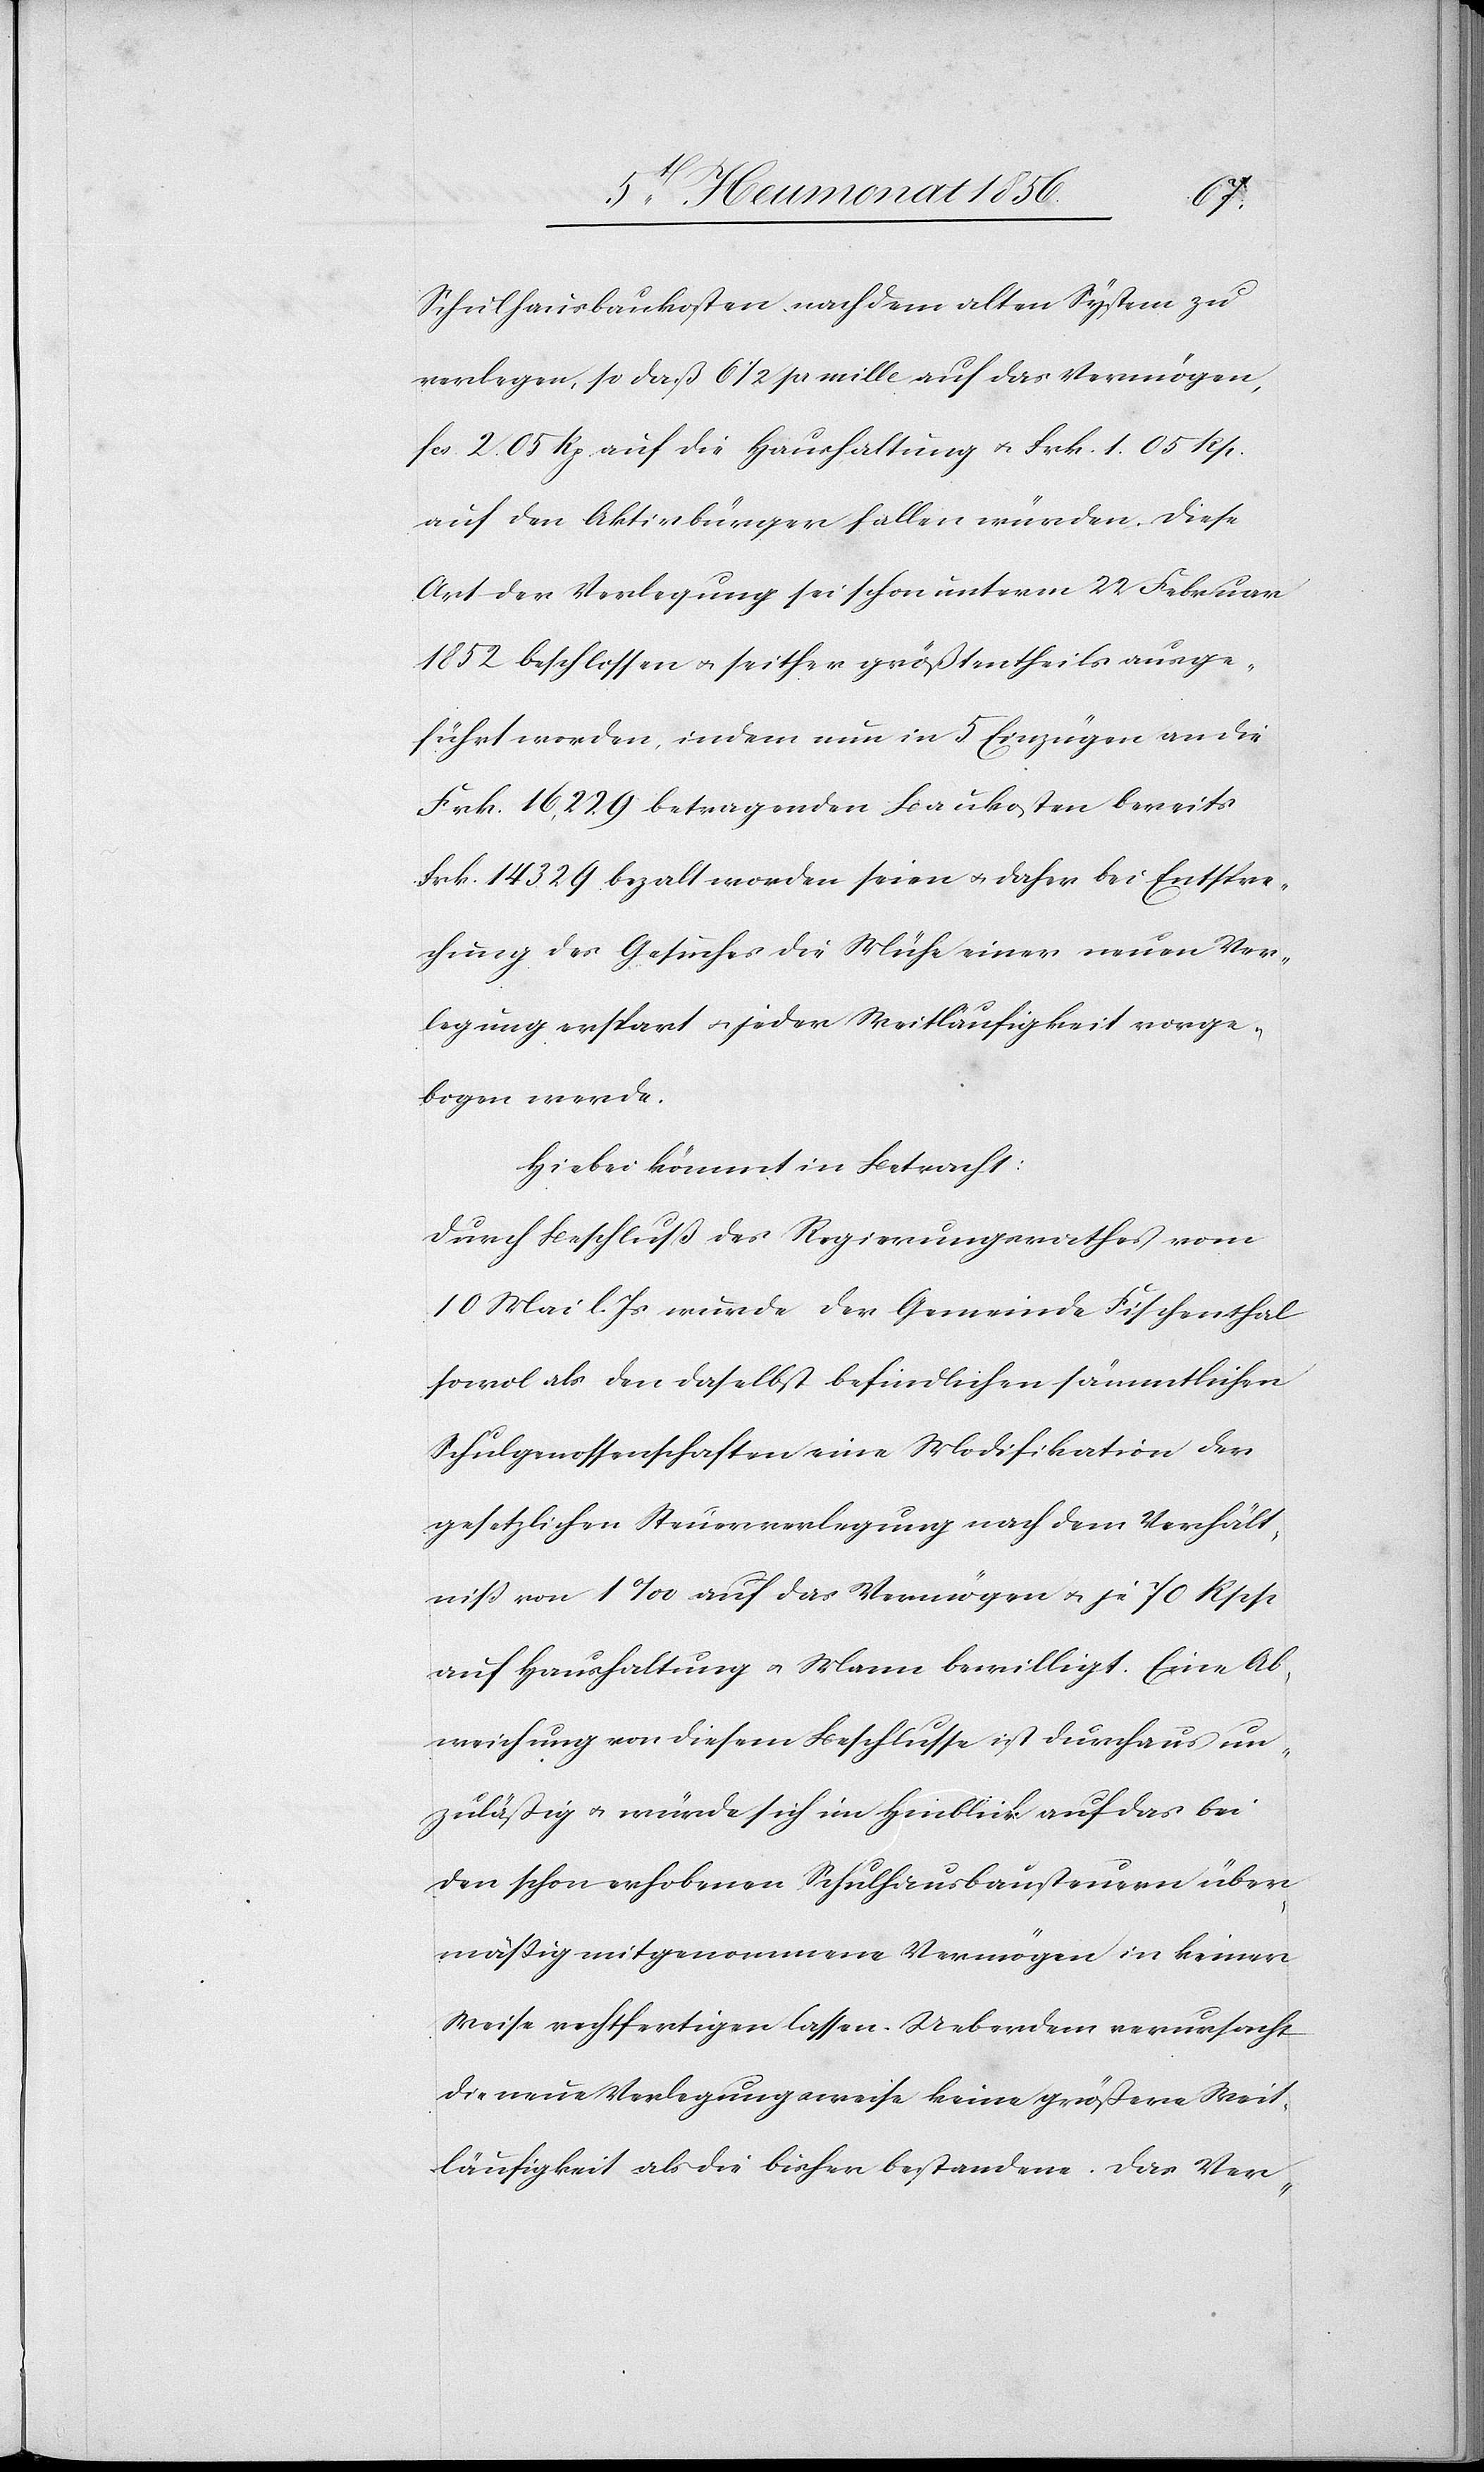
Schulhausbaukosten nach dem alten System zu
verlegen, so daß 61/2 pr mille auf das Vermögen,
fcs. 2. 05 Rp. auf die Haushaltung u. Frk. 1. 05 Rp.
auf den Aktivbürger fallen würden. Diese
Art der Verlegung sei schon unterm 22 Februar
1852 beschlossen u. seither größtentheils ausge¬
führt worden, indem nun in 5 Einzügen an die
Frk. 16,229 betragenden Baukosten bereits
Frk. 14329 bezalt [sic!] worden seien u. daher bei Entspre¬
chung des Gesuches die Mühe einer neuen Ver¬
legung erspart u. jeder Weitläufigkeit vorge¬
bogen werde.
Hiebei kömmt in Betracht:
Durch Beschluß des Regierungsrathes vom
10 Mai l. Js wurde der Gemeinde Fischenthal
sowol als den daselbst befindlichen sämmtlichen
Schulgenossenschaften eine Modifikation der
gesetzlichen Steuerverlegung nach dem Verhält¬
niß von 1‰ auf das Vermögen u. je 70 Rpp
auf Haushaltung u. Mann bewilligt. Eine Ab¬
weichung von diesem Beschlusse ist durchaus un¬
zuläßig u. würde sich im Hinblick auf das bei
den schon erhobenen Schulhausbausteuern über¬
mässig mitgenommene Vermögen in keiner
Weise rechtfertigen lassen. Ueberdem verursacht
die neue Verlegungsweise keine größere Weit¬
läufigkeit als die bisher bestandene. Das Ver-